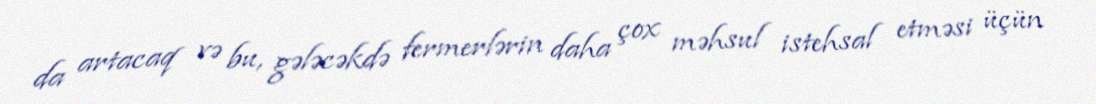
da artacaq və bu, gələcəkdə fermerlərin daha çox məhsul istehsal etməsi üçün